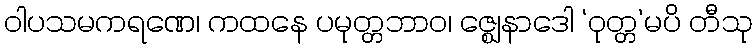
ဝါပသမကရဏေ၊ ကထနေ ပမုတ္တဘာဝ၊ ဇ္ဈေနာဒေါ ‘ဝုတ္တ’မပိ တီသု